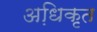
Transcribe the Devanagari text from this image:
अधि़कृत